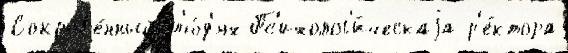
Сокров'е́нный л'ю́д'ях Пс'ихолог'и́ческаjа р'е́ктора